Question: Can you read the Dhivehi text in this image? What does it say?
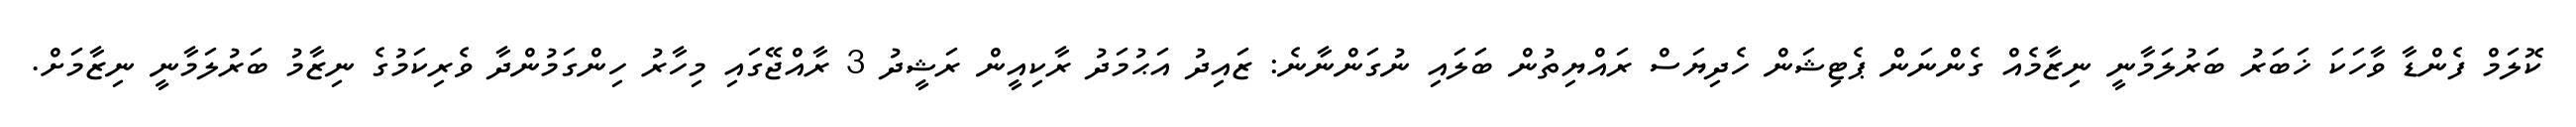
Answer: ކޮލަމް ފެންޑާ ވާހަކަ ޚަބަރު ބަރުލަމާނީ ނިޒާމެއް ގެންނަން ޕެޓިޝަން ހެދިޔަސް ރައްޔިތުން ބަލައި ނުގަންނާނެ: ޒައިދު އަޙުމަދު ރާކިއީން ރަޝީދު 3 ރާއްޖޭގައި މިހާރު ހިންގަމުންދާ ވެރިކަމުގެ ނިޒާމު ބަރުލަމާނީ ނިޒާމަށް.